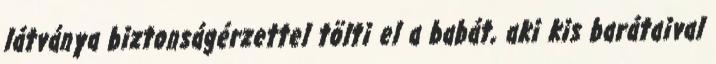
látványa biztonságérzettel tölti el a babát, aki kis barátaival